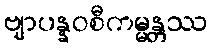
ဗျာပန္နဝစီကမ္မန္တဿ